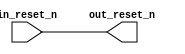
// rst_in.v

// Generated using ACDS version 22.4 94

`timescale 1 ps / 1 ps
module rst_in (
		input  wire  in_reset_n,  //  in_reset.reset_n
		output wire  out_reset_n  // out_reset.reset_n
	);

	assign out_reset_n = in_reset_n;

endmodule